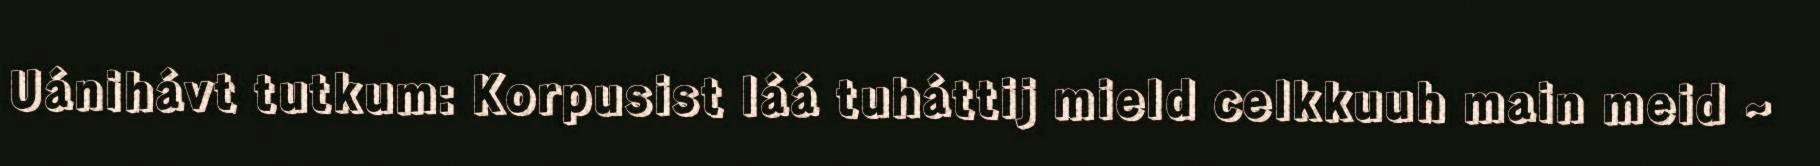
Uánihávt tutkum: Korpusist láá tuháttij mield celkkuuh main meid ~